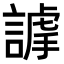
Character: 𧫅